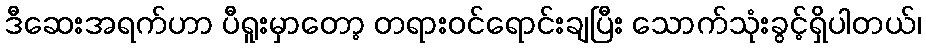
ဒီဆေးအရက်ဟာ ပီရူးမှာတော့ တရားဝင်ရောင်းချပြီး သောက်သုံးခွင့်ရှိပါတယ်၊